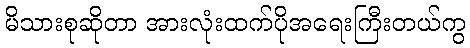
မိသားစုဆိုတာ အားလုံးထက်ပိုအရေးကြီးတယ်ကွ